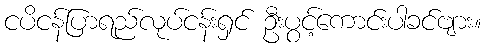
ငပိငန်ပြာရည်လုပ်ငန်းရှင် ဦးပွင့်ကောင်းပါခင်ဗျား။